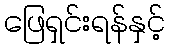
ဖြေရှင်းရန်နှင့်